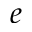
{ e }